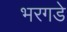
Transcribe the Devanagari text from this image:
भरगडे